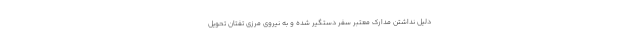
دلیل نداشتن مدارک معتبر سفر دستگیر شده و به نیروی مرزی تفتان تحویل